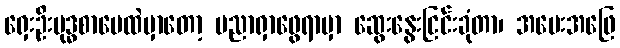
ရှေးဦးဗုဒ္ဓစာပေထဲမှာတော့ ပညာရှာဖွေရာမှာ ဆွေးနွေးငြင်းခုံတာ၊ အမေးအဖြေ